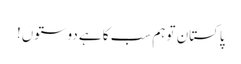
پاکستان تو ہم سب کا ہے دوستوں!